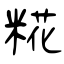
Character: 糀